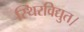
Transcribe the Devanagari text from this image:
स्थिरविद्युत।